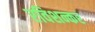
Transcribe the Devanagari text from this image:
रविशन्कर